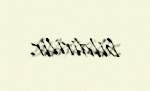
bildirilir.